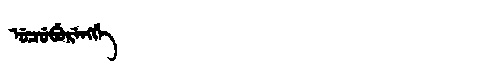
Manchu: ᡠᠴᡠᠪᡠᡵᡝᠩᡤᡝ
Romanization: UCUBURENGGE